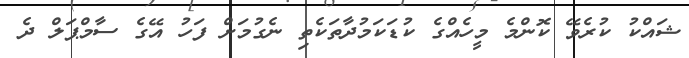
ޝައްކު ކުރެވޭ ކޮންމެ މީހެއްގެ ކުޑަކަމުދާތަކެތި ނެގުމަށް ފަހު އޭގެ ސާމްޕަލް ދެ